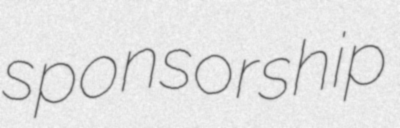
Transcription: sponsorship